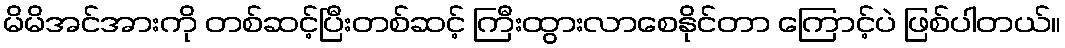
မိမိအင်အားကို တစ်ဆင့်ပြီးတစ်ဆင့် ကြီးထွားလာစေနိုင်တာ ကြောင့်ပဲ ဖြစ်ပါတယ်။